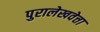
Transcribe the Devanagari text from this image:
पुरालेखवेत्ता